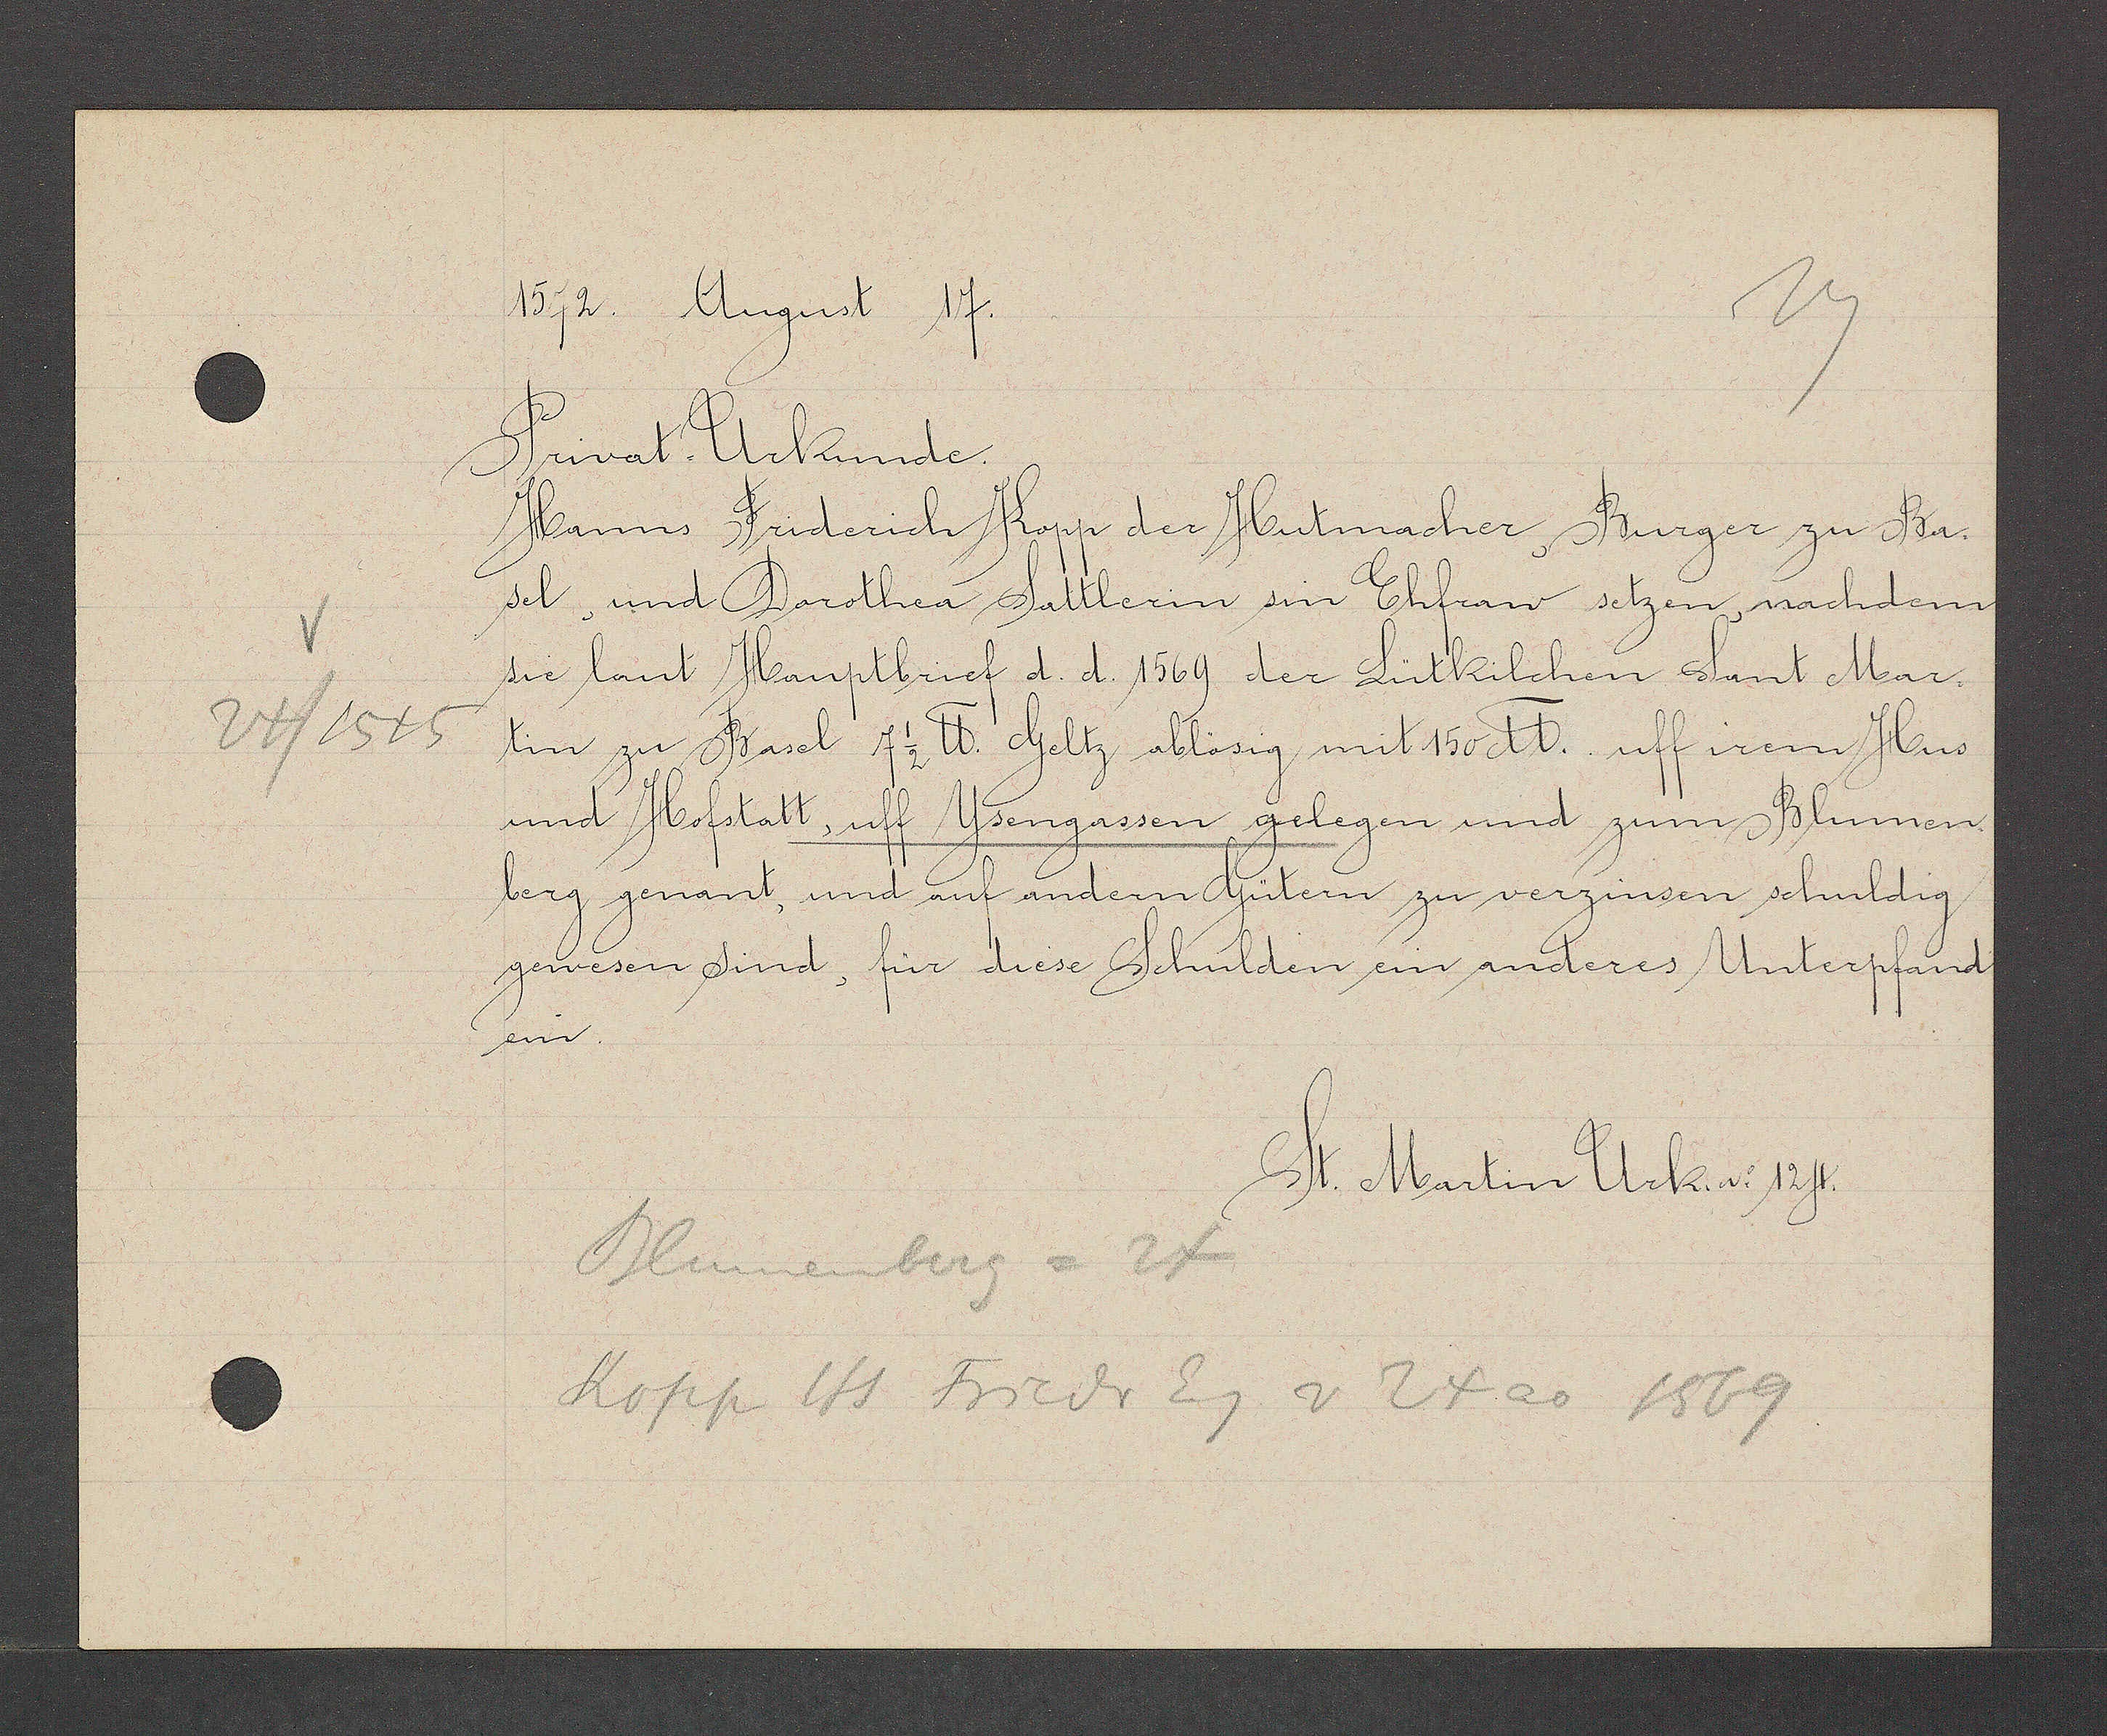
Transcript:
24/1545

1572. August 17.
Privat. Urkunde
Hanns Friderich Kopp der Hutmacher, Burger zu Ba-
sel und Dorothea Sattlerin sin Ehfraw setzen, nachdem
sie laut Hauptbrief d. d. 1569 der Lutkilchen Sant Mar¬
tin zu Basel 7 ½ ℔ Geltz ablösig mit 150 ℔. uff irem Hus
und Hofstatt uff Ysengassen, gelegen und zum Blumen-
berg genant, und auf andern Gütern zu verzinsen schuldig 
gewesen sind, für diese Schulden ein anderes Unterpfand
ein.
St. Martin Urk. No  124.
Blumenberg = 24
Kopp Hs Fiedr Eg v 24 ao 1569